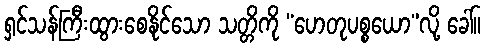
ရှင်သန်ကြီးထွားစေနိုင်သော သတ္တိကို “ဟေတုပစ္စယော”လို့ ခေါ်။